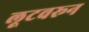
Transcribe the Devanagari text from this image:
लूटवरून